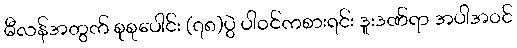
မီလန်အတွက် စုစုပေါင်း (၇၈)ပွဲ ပါဝင်ကစားရင်း ဒူးဒဏ်ရာ အပါအဝင်